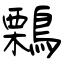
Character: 鷅